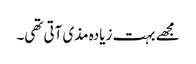
مجھے بہت زیادہ مذی آتی تھی۔